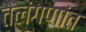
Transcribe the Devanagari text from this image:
तैलंगणांत